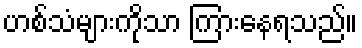
ဟစ်သံများကိုသာ ကြားနေရသည်။